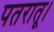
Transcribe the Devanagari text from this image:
पतरातू।